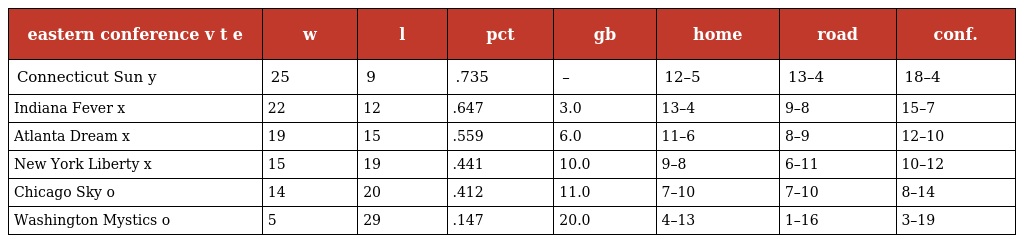
| eastern conference v t e | w | l | pct | gb | home | road | conf. |
 | --- | --- | --- | --- | --- | --- | --- | --- |
 | Connecticut Sun y | 25 | 9 | .735 | – | 12–5 | 13–4 | 18–4 |
 | Indiana Fever x | 22 | 12 | .647 | 3.0 | 13–4 | 9–8 | 15–7 |
 | Atlanta Dream x | 19 | 15 | .559 | 6.0 | 11–6 | 8–9 | 12–10 |
 | New York Liberty x | 15 | 19 | .441 | 10.0 | 9–8 | 6–11 | 10–12 |
 | Chicago Sky o | 14 | 20 | .412 | 11.0 | 7–10 | 7–10 | 8–14 |
 | Washington Mystics o | 5 | 29 | .147 | 20.0 | 4–13 | 1–16 | 3–19 |